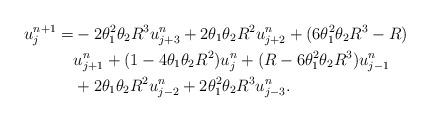
LaTeX: \begin{align*}u^{n+1}_{j}=&-2\theta_{1}^{2}\theta_{2}R^{3}u^{n}_{j+3}+2\theta_{1}\theta_{2}R^{2}u^{n}_{j+2}+(6\theta_{1}^{2}\theta_{2}R^{3}-R) \\&u^{n}_{j+1} +(1-4\theta_{1}\theta_{2}R^{2})u^{n}_{j} + (R-6\theta_{1}^{2}\theta_{2}R^{3})u^{n}_{j-1} \\&+2\theta_{1}\theta_{2}R^{2}u^{n}_{j-2}+2\theta_{1}^{2}\theta_{2}R^{3}u^{n}_{j-3} . \end{align*}